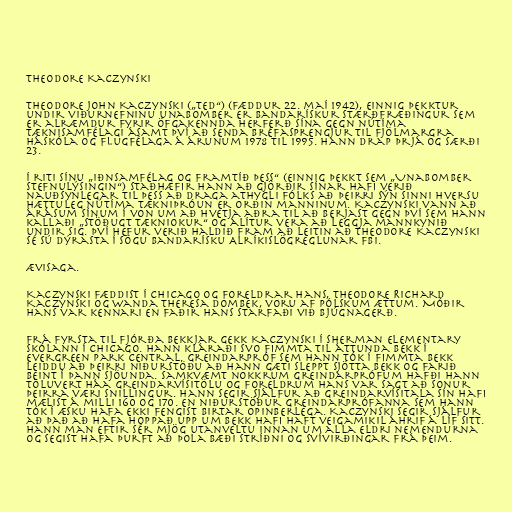
Theodore Kaczynski

Theodore John Kaczynski („Ted“) (fæddur 22. maí 1942), einnig þekktur
undir viðurnefninu unabomber er bandarískur stærðfræðingur sem
er alræmdur fyrir öfgakennda herferð sína gegn nútíma
tæknisamfélagi ásamt því að senda bréfasprengjur til fjölmargra
háskóla og flugfélaga á árunum 1978 til 1995. Hann drap þrjá og særði
23.

Í riti sínu „Iðnsamfélag og framtíð þess“ (einnig þekkt sem „Unabomber
stefnulýsingin“) staðhæfir hann að gjörðir sínar hafi verið
nauðsynlegar til þess að draga athygli fólks að þeirri sýn sinni hversu
hættuleg nútíma tækniþróun er orðin manninum. Kaczynski vann að
árásum sínum í von um að hvetja aðra til að berjast gegn því sem hann
kallaði „stöðugt tækniokur“ og álítur vera að leggja mannkynið
undir sig. Því hefur verið haldið fram að leitin að Theodore Kaczynski
sé sú dýrasta í sögu bandarísku Alríkislögreglunar FBI.

Ævisaga.

Kaczynski fæddist í Chicago og foreldrar hans, Theodore Richard
Kaczynski og Wanda Theresa Dombek, voru af pólskum ættum. Móðir
hans var kennari en faðir hans starfaði við bjúgnagerð.

Frá fyrsta til fjórða bekkjar gekk Kaczynski í Sherman Elementary
skólann í Chicago. Hann kláraði svo fimmta til áttunda bekk í
Evergreen Park Central. Greindarpróf sem hann tók í fimmta bekk
leiddu að þeirri niðurstöðu að hann gæti sleppt sjötta bekk og farið
beint í þann sjöunda. Samkvæmt nokkrum greindarprófum hafði hann
töluvert háa greindarvísitölu og foreldrum hans var sagt að sonur
þeirra væri snillingur. Hann segir sjálfur að greindarvísitala sín hafi
mælist á milli 160 og 170. En niðurstöður greindarprófanna sem hann
tók í æsku hafa ekki fengist birtar opinberlega. Kaczynski segir sjálfur
að það að hafa hoppað upp um bekk hafi haft veigamikil áhrif á líf sitt.
Hann man eftir sér mjög utanveltu innan um alla eldri nemendurna
og segist hafa þurft að þola bæði stríðni og svívirðingar frá þeim.